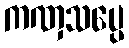
ကဏှသပ္ပေ